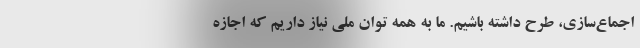
اجماع‌سازی، طرح داشته باشیم. ما به همه توان ملی نیاز داریم که اجازه